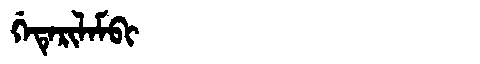
Manchu: ᡤᡝᡨᡝᡵᡳᠯᠠᠮᠪᡳ
Romanization: GETERILAMBI